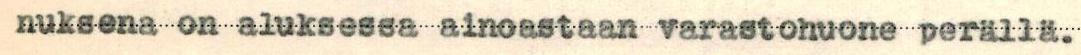
Aktiebolaget W. Gutzeit & Co